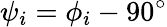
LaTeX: \psi_{i}=\phi_{i}-90^{\circ}